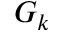
G _ { k }